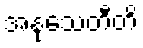
အနုသေတီတိ